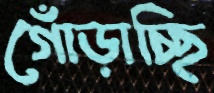
গোঁড়াচ্ছি